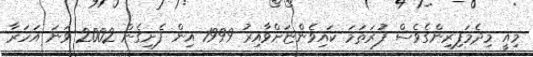
މިއީ މިދެމަފިރިންގެވެސް ފުރަތަމަ ކައިވެންޏަށްވާއިރު 1999 އިން ފެށިގެން 2002 ވަނަ އަހަރާ